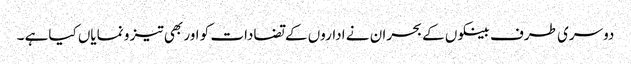
دوسری طرف بینکوں کے بحران نے اداروں کے تضادات کو اور بھی تیز و نمایاں کیاہے ۔